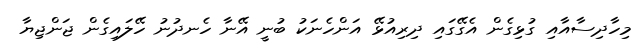
މިހާދިސާއާއި ގުޅިގެން އެގޭގައި ދިރިއުޅޭ އަންހެނަކު ބުނީ އޭނާ ހެނދުނު ހޭލައިގެން ޖަންޖިޔާ